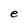
Character: e